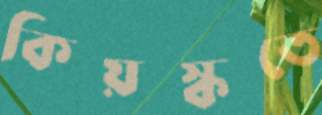
কিয়স্কতে